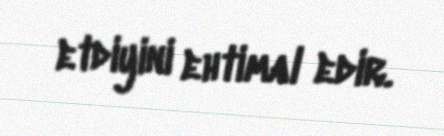
etdiyini ehtimal edir.